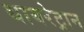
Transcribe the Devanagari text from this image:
थायरेट्रान